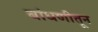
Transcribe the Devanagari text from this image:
बांधणीतून